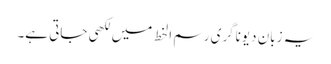
یہ زبان دیوناگری رسم الخط میں لکھی جاتی ہے۔